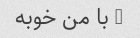
7 با من خوبه